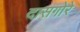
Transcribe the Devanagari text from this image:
दासगोरे